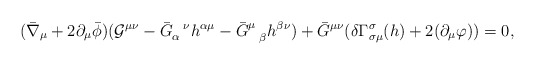
\begin{align*}( \bar \nabla_\mu +2 \partial_\mu \bar \phi ) ( {\cal G}^{\mu \nu} - \bar G_\alpha^{~~\nu} h^{\alpha \mu} - \bar G^{\mu}_{~~\beta} h^{\beta \nu} ) + \bar G^{\mu \nu} (\delta \Gamma^\sigma_{\sigma \mu} (h) +2 (\partial_\mu \varphi)) = 0, \end{align*}